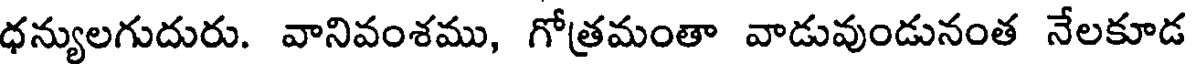
ధన్యులగుదురు. వానివంశము, గోత్రమంతా వాడువుండునంత నేలకూడ